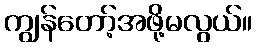
ကျွန်တော့်အဖို့မလွယ်။